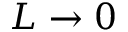
L \rightarrow 0